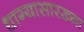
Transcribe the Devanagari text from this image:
धाग्यासारख्या